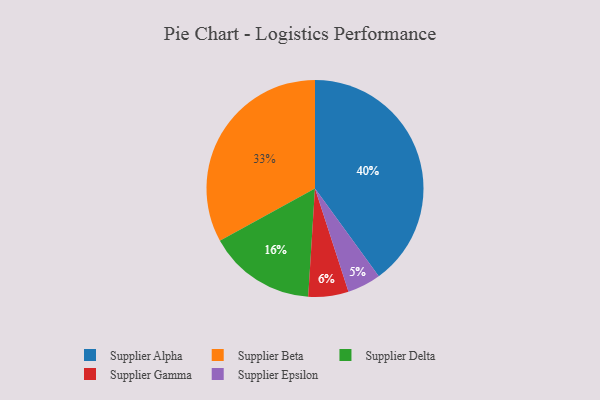
{"axis": {"x": "Category", "y": "Percentage"}, "legend": ["Supplier Alpha", "Supplier Beta", "Supplier Delta", "Supplier Epsilon", "Supplier Gamma"], "data": [{"x": "Supplier Alpha", "y": 40, "type": "Supplier Alpha"}, {"x": "Supplier Epsilon", "y": 5, "type": "Supplier Epsilon"}, {"x": "Supplier Delta", "y": 16, "type": "Supplier Delta"}, {"x": "Supplier Gamma", "y": 6, "type": "Supplier Gamma"}, {"x": "Supplier Beta", "y": 33, "type": "Supplier Beta"}]}